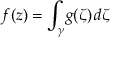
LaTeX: f ( z ) = \int _ { \gamma } \! g ( \zeta ) \, d \zeta